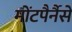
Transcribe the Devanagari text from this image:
मोंटपैर्नैसे